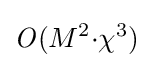
{\it {O}}(M^{2}{\cdot }{\chi }^{3})